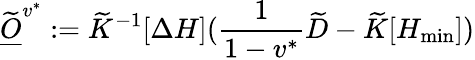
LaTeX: \widetilde{\underline{O}}^{v^{*}}:=\widetilde K^{-1}[\Delta H](\frac{1}{1-v^{*}}\widetilde D-\widetilde K[H_{\operatorname*{min}}])